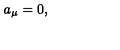
{ a } _ { \mu } = 0 ,